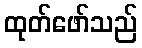
ထုတ်ဖော်သည်